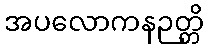
အပလောကနဉတ္တိ